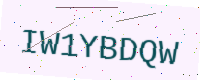
Text: IW1YBDQW